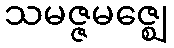
သမဇ္ဇမဇ္ဈေ